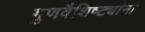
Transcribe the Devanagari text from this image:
गुणवैशिष्ट्यांना